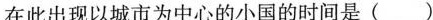
在此出现以城市为中心的小国的时间是 ( )